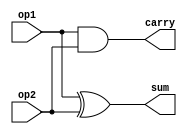
/**
*	Module for combinational Half Adder
*	By: Omkar Prabhu 16CO233
*	13th October 2017
*/


module halfAdder (output reg sum, output reg carry, input op1, input op2);

	// thread for half adder operations
	always @ (op1 or op2) begin
	
		// sum bit of two operands
		sum = op1 ^ op2;
		// carry bit of two operands
		carry = op1 & op2;
		
	end

endmodule